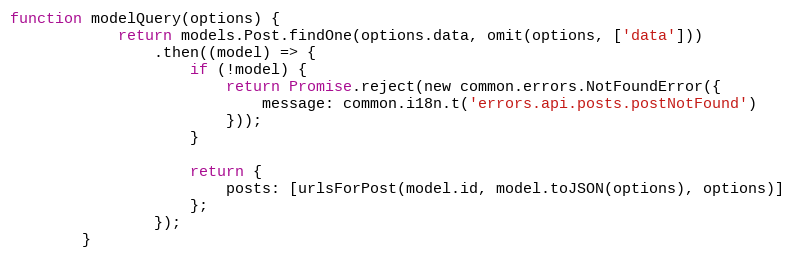
Language: JavaScript
function modelQuery(options) {
            return models.Post.findOne(options.data, omit(options, ['data']))
                .then((model) => {
                    if (!model) {
                        return Promise.reject(new common.errors.NotFoundError({
                            message: common.i18n.t('errors.api.posts.postNotFound')
                        }));
                    }

                    return {
                        posts: [urlsForPost(model.id, model.toJSON(options), options)]
                    };
                });
        }